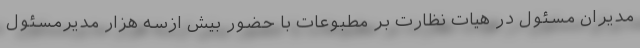
مدیران مسئول در هیات نظارت بر مطبوعات با حضور بیش ازسه هزار مدیرمسئول